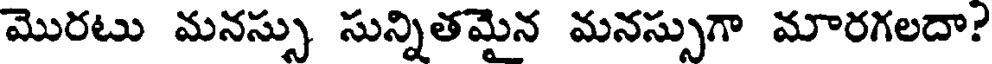
మొరటు మనస్సు సున్నితమైన మనస్సుగా మారగలదా?